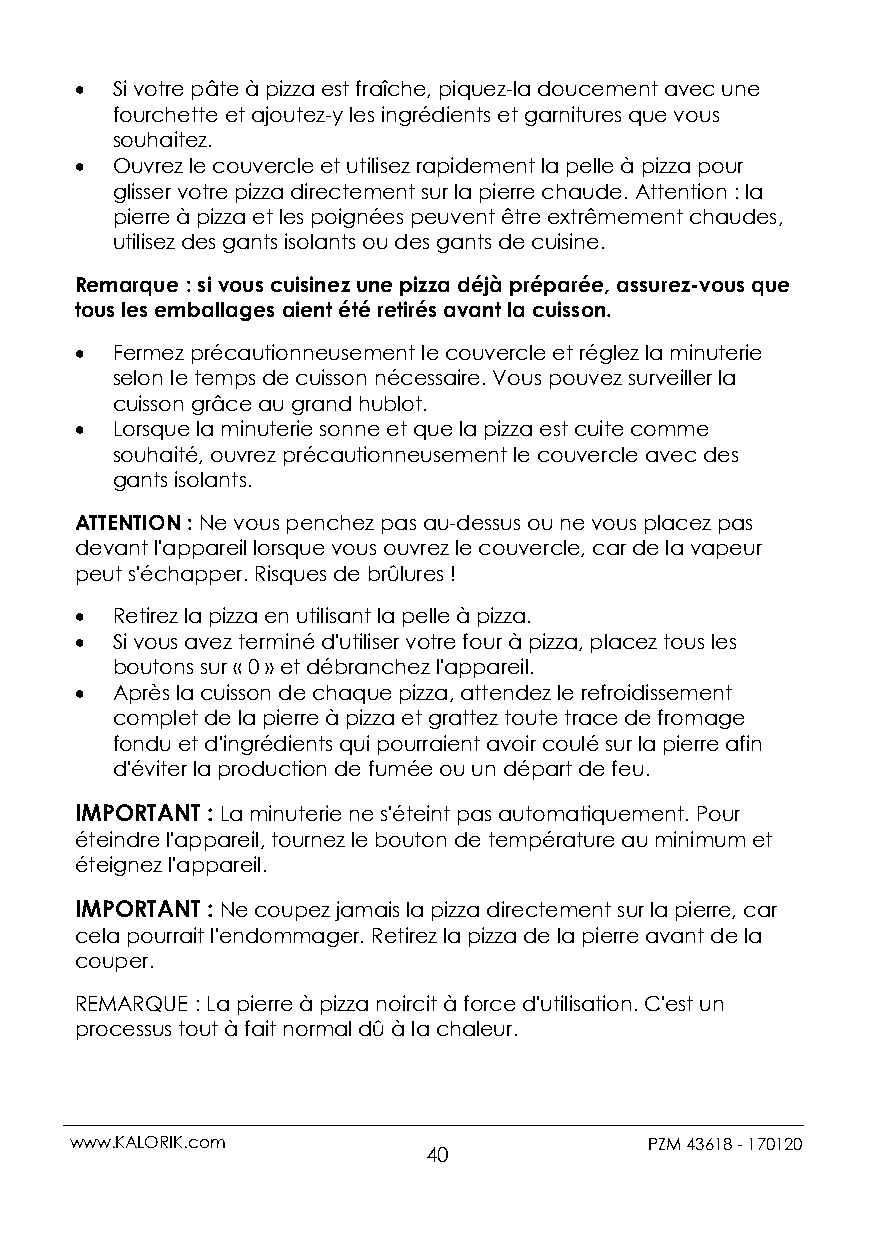
 Si votre pâte à pizza est fraîche, piquez-la doucement avec une
 fourchette et ajoutez-y les ingrédients et garnitures que vous
 souhaitez.
  Ouvrez le couvercle et utilisez rapidement la pelle à pizza pour
 glisser votre pizza directement sur la pierre chaude. Attention : la
 pierre à pizza et les poignées peuvent être extrêmement chaudes,
 utilisez des gants isolants ou des gants de cuisine.
 Remarque : si vous cuisinez une pizza déjà préparée, assurez-vous que
 tous les emballages aient été retirés avant la cuisson.
  Fermez précautionneusement le couvercle et réglez la minuterie
 selon le temps de cuisson nécessaire. Vous pouvez surveiller la
 cuisson grâce au grand hublot.
  Lorsque la minuterie sonne et que la pizza est cuite comme
 souhaité, ouvrez précautionneusement le couvercle avec des
 gants isolants.
 ATTENTION : Ne vous penchez pas au-dessus ou ne vous placez pas
 devant l'appareil lorsque vous ouvrez le couvercle, car de la vapeur
 peut s'échapper. Risques de brûlures !
  Retirez la pizza en utilisant la pelle à pizza.
  Si vous avez terminé d'utiliser votre four à pizza, placez tous les
 boutons sur « 0 » et débranchez l'appareil.
  Après la cuisson de chaque pizza, attendez le refroidissement
 complet de la pierre à pizza et grattez toute trace de fromage
 fondu et d'ingrédients qui pourraient avoir coulé sur la pierre afin
 d'éviter la production de fumée ou un départ de feu.
 IMPORTANT : La minuterie ne s'éteint pas automatiquement. Pour
 éteindre l'appareil, tournez le bouton de température au minimum et
 éteignez l'appareil.
 IMPORTANT : Ne coupez jamais la pizza directement sur la pierre, car
 cela pourrait l'endommager. Retirez la pizza de la pierre avant de la
 couper.
 REMARQUE : La pierre à pizza noircit à force d'utilisation. C'est un
 processus tout à fait normal dû à la chaleur.
 www.KALORIK.com                       PZM 43618 - 170120
 40